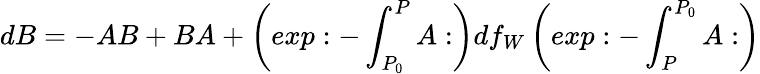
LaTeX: dB=-AB+BA+\left(exp:-\int_{P_{0}}^{P}A:\right)df_{W}\left(exp:-\int_{P}^{P_{0}}A:\right)